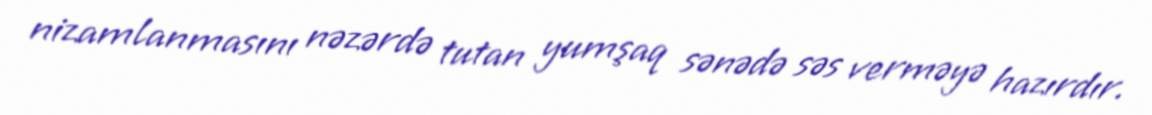
nizamlanmasını nəzərdə tutan yumşaq sənədə səs verməyə hazırdır.